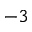
^ { - 3 }